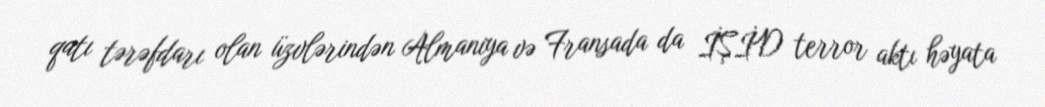
qatı tərəfdarı olan üzvlərindən Almaniya və Fransada da İŞİD terror aktı həyata